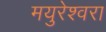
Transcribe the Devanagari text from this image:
मयुरेश्वरा